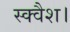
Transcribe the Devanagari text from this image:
स्क्वैश।